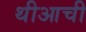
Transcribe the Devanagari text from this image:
थीआची